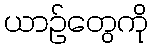
ယာဉ်တွေကို